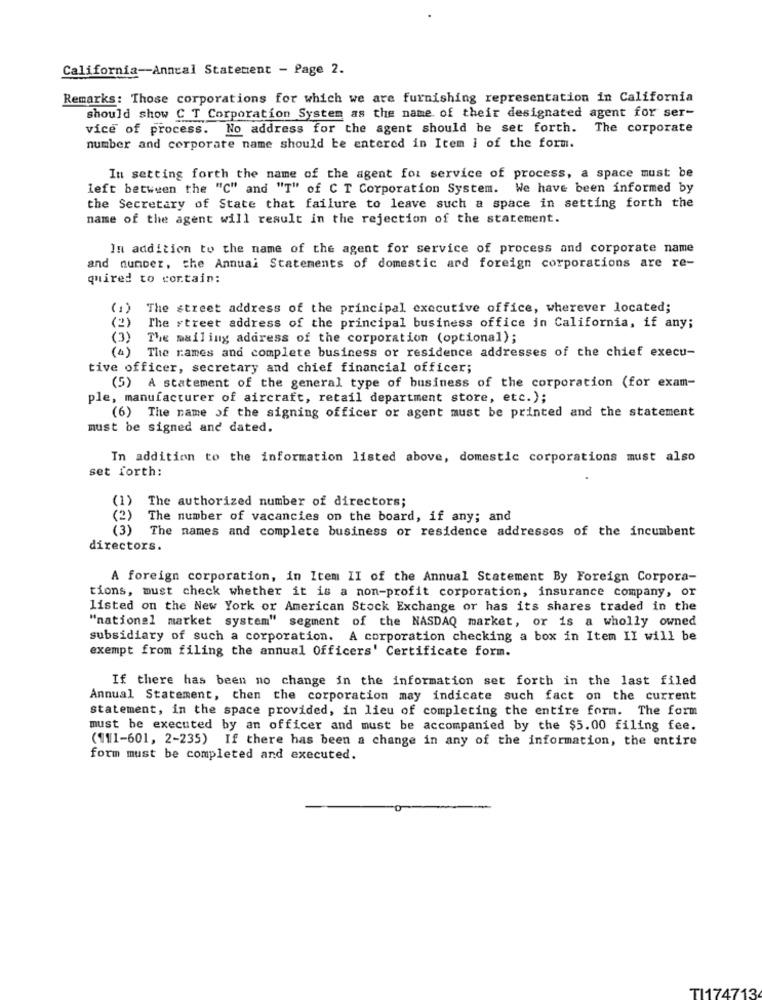
California-Annual Statement - Page 2.
Remarks: Those corporations for which we are furnishing representation in California
should show C T Corporation System as the name of their designated agent for ser-
vice of process. No address for the agent should be set forth. The corporate
number and corporate name should be entered in Item i of the form.
In setting forth the name of the agent for service of process, a space must be
left between the "C" and "T" of C T Corporation System. We have been informed by
the Secretary of State that failure to leave such a space in setting forth the
name of the agent will result in the rejection of the statement.
In addition to the name of the agent for service of process and corporate name
and number, che Annual Statements of domestic ard foreign corporations are re-
quired to contain:
(1) The street address of the principal executive office, wherever located;
(2)
The street address of the principal business office in California, if any;
(3)
The mailing address of the corporation (optional);
(a) The names and complete business or residence addresses of the chief execu-
tive officer, secretary and chief financial officer;
(5) A statement of the general type of business of the corporation (for exam-
ple, manufacturer of aircraft, retail department store, etc.);
(6) The name of the signing officer or agent must be printed and the statement
must be signed and dated.
In addition to the information listed above, domestic corporations must also
set forth:
(1)
The authorized number of directors;
(2)
The number of vacancies on the board, if any; and
(3) The names and complete business or residence addresses of the incumbent
directors.
A foreign corporation, in Item II of the Annual Statement By Foreign Corpora-
tions, must check whether it is a non-profit corporation, insurance company, or
listed on the New York or American Stock Exchange or has its shares traded in the
"national market system" segment of the NASDAQ market, or is a wholly owned
subsidiary of such a corporation. A corporation checking a box in Item II will be
exempt from filing the annual Officers' Certificate form.
If there has been no change in the information set forth in the last filed
Annual Statement, then the corporation may indicate such fact on the current
statement, in the space provided, in lieu of completing the entire form. The form
must be executed by an officer and must be accompanied by the $5.00 filing fee.
(111-601, 2-235) If there has been a change in any of the information, the entire
form must be completed and executed.
TI174713